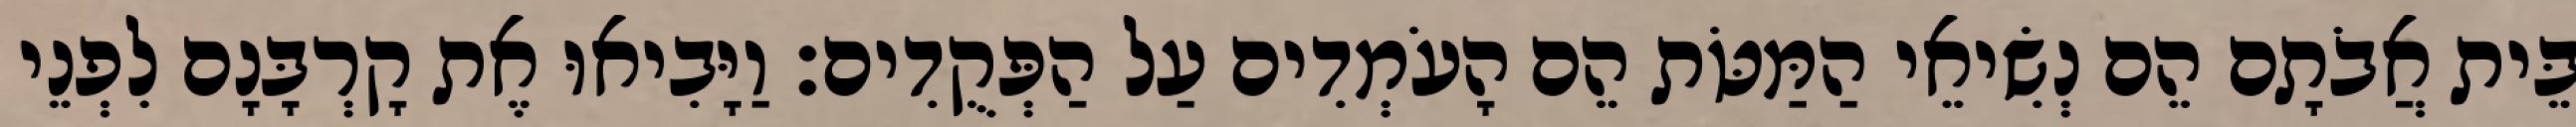
בֵּית אֲבֹתָם הֵם נְשִׂיאֵי הַמַּטֹּת הֵם הָעֹמְדִים עַל הַפְּקֻדִים׃ וַיָּבִיאוּ אֶת קָרְבָּנָם לִפְנֵי